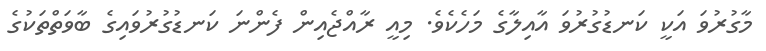
މާގުރުވަ އަކީ ކަނޑުގުރުވަ އާއިލާގެ މަހެކެވެ. މިއީ ރާއްޖެއިން ފެންނަ ކަނޑުގުރުވައިގެ ބާވަތްތަކުގެ